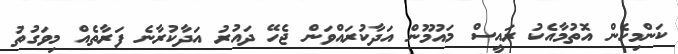
ކަންމިހެން އޮތުމާއެކު ރައީސް މައުމޫން އަދާކުރައްވަން ޖެހޭ ދައުރު އަދާކުރާނެ ފަރާތެއް މިވަގުތު